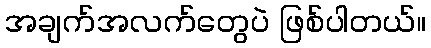
အချက်အလက်တွေပဲ ဖြစ်ပါတယ်။